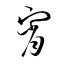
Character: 宵